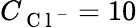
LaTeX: C_{\mathrm{~C~l~}^{-}}=10